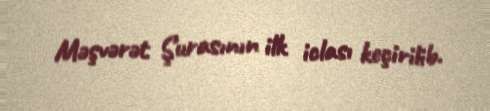
Məşvərət Şurasının ilk iclası keçirilib.